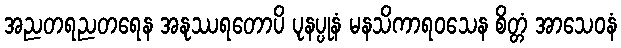
အညတရညတရေန အနုဿရတောပိ ပုနပ္ပုနံ မနသိကာရဝသေန စိတ္တံ အာသေဝနံ